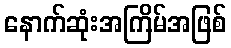
နောက်ဆုံးအကြိမ်အဖြစ်